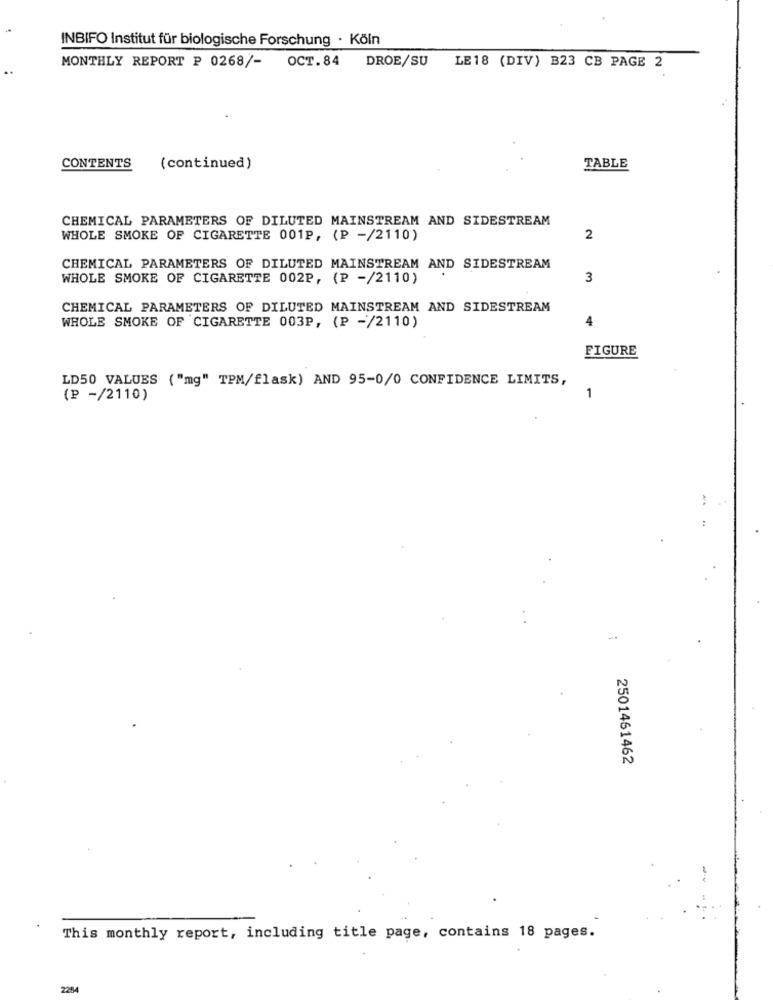
INBIFO Institut für biologische Forschung · Köln
MONTHLY REPORT P 0268/- OCT.84 DROE/SU
LE18 (DIV) B23 CB PAGE 2
CONTENTS
(continued)
TABLE
CHEMICAL PARAMETERS OF DILUTED MAINSTREAM AND SIDESTREAM
WHOLE SMOKE OF CIGARETTE 001P, (P -/2110)
2
CHEMICAL PARAMETERS OF DILUTED MAINSTREAM AND SIDESTREAM
WHOLE SMOKE OF CIGARETTE 002P, (P -/2110)
3
CHEMICAL PARAMETERS OF DILUTED MAINSTREAM AND SIDESTREAM
4
WHOLE SMOKE OF CIGARETTE 003P, (P -/2110)
FIGURE
LD50 VALUES ("mg" TPM/flask) AND 95-0/0 CONFIDENCE LIMITS,
(P -/2110)
1
:
2501461462
This monthly report, including title page, contains 18 pages.